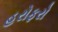
હરોફરો